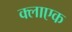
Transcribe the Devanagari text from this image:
क्लाएक